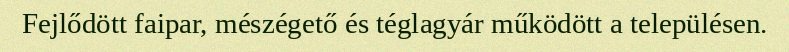
Fejlődött faipar, mészégető és téglagyár működött a településen.